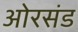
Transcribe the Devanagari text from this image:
ओरसंड